Mental hospitals Bombay report 1929-33 - 1929-1933
Year: 1929
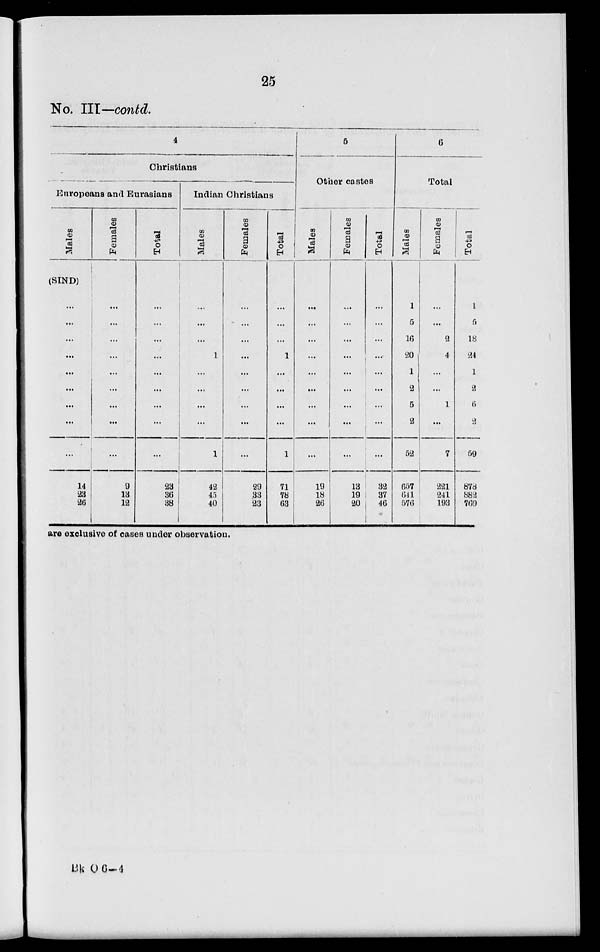
25
No. III.— contd.
4
Christians
Europeans and Eurasians
Males
(SIND)
...
...
...
...
...
...
...
...
...
14
23
26
Females
...
...
...
...
...
...
...
...
...
9
13
12
Total
...
...
...
...
...
...
...
...
...
23
36
38
Indian Christians
Males
...
...
...
1
...
...
...
...
1
42
45
40
Females
...
...
...
...
...
...
...
...
...
29
33
23
Total
...
...
...
1
...
...
...
...
1
71
78
63
5
Other castes
Males
...
...
...
...
...
...
...
...
...
19
18
26
Females
...
...
...
...
...
...
...
...
...
13
19
20
Total
...
...
...
...
...
...
...
...
...
32
37
46
6
Total
Males
1
5
16
20
1
2
5
2
52
657
641
576
Females
...
...
2
4
...
...
1
...
7
221
241
193
Total
1
5
18
24
1
2
6
2
59
878
882
769
are exclusive of cases under observation.
Bk O
6—4